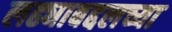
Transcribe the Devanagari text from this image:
लढ्याबद्दलच्या